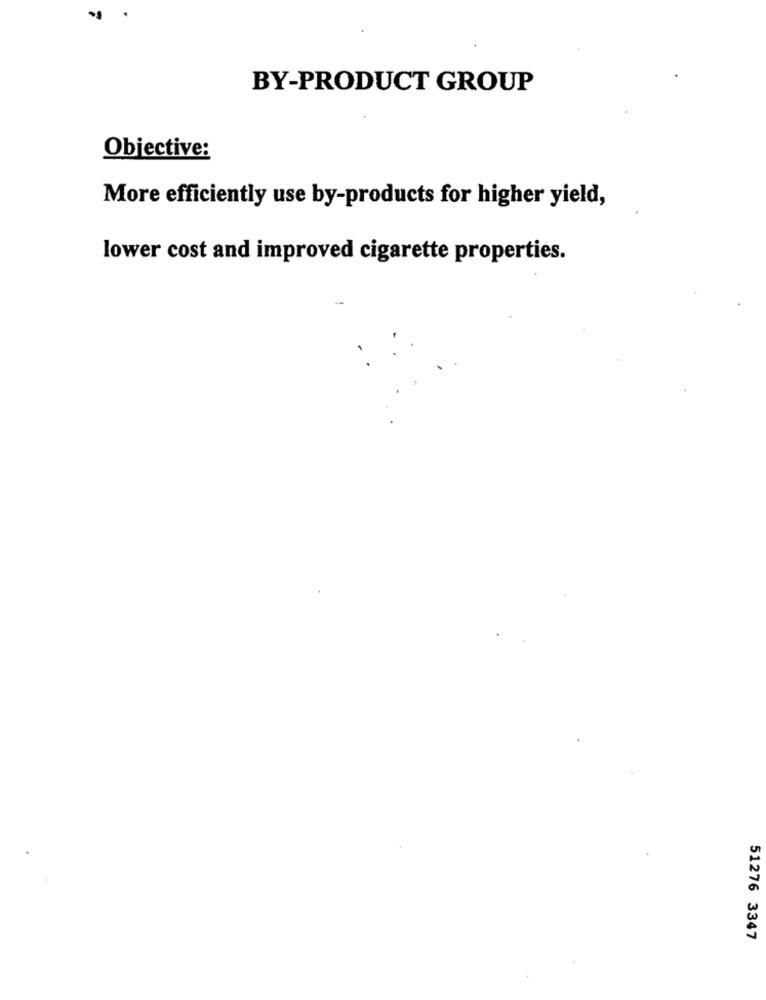
BY-PRODUCT GROUP
Objective:
More efficiently use by-products for higher yield,
lower cost and improved cigarette properties.
51276 3347